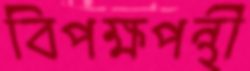
বিপক্ষপন্থী